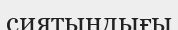
сиятындығы